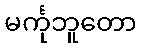
မင်္ကုဘူတော